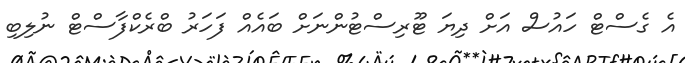
އެ ގެސްޓް ހައުސް އަށް ދިޔަ ޓޫރިސްޓުންނަށް ބައެއް ފަހަރު ބްރެކްފާސްޓް ނުލިބި